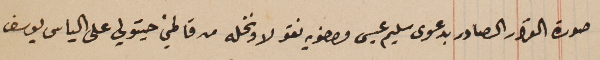
صورة القرار الصادر بدعوى سليم عيسى واخويه نقولا ونخله من قاطني حيتولي على الياس يوسف